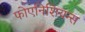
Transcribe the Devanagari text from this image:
फोएनिशियन्स